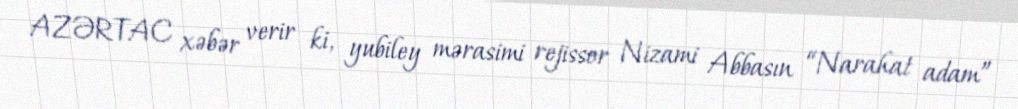
AZƏRTAC xəbər verir ki, yubiley mərasimi rejissor Nizami Abbasın “Narahat adam”